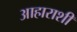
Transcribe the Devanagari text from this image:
आहाराशी